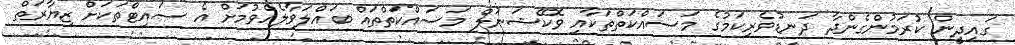
ގައިދީން ކުރަމުންގެންދާ ދަނޑުވެރިކަމުގެ މަސައްކަތްތަކާއި ވޮކޭޝަނަލް މަސައްކަތްތައް ބައްލަވާލެއްވުމަށް އެ ސައިޓްތަކަށް ޒިޔާރަތް